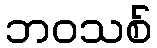
ဘဝသစ်